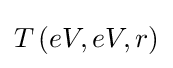
T\left(eV,eV,r\right)